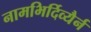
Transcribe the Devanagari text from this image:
नामभिर्दिव्यैर्न